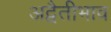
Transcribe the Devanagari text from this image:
अद्वैतीभाव